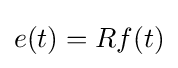
e(t)=Rf(t)